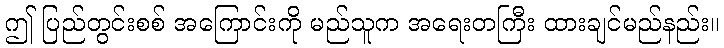
ဤ ပြည်တွင်းစစ် အကြောင်းကို မည်သူက အရေးတကြီး ထားချင်မည်နည်း။